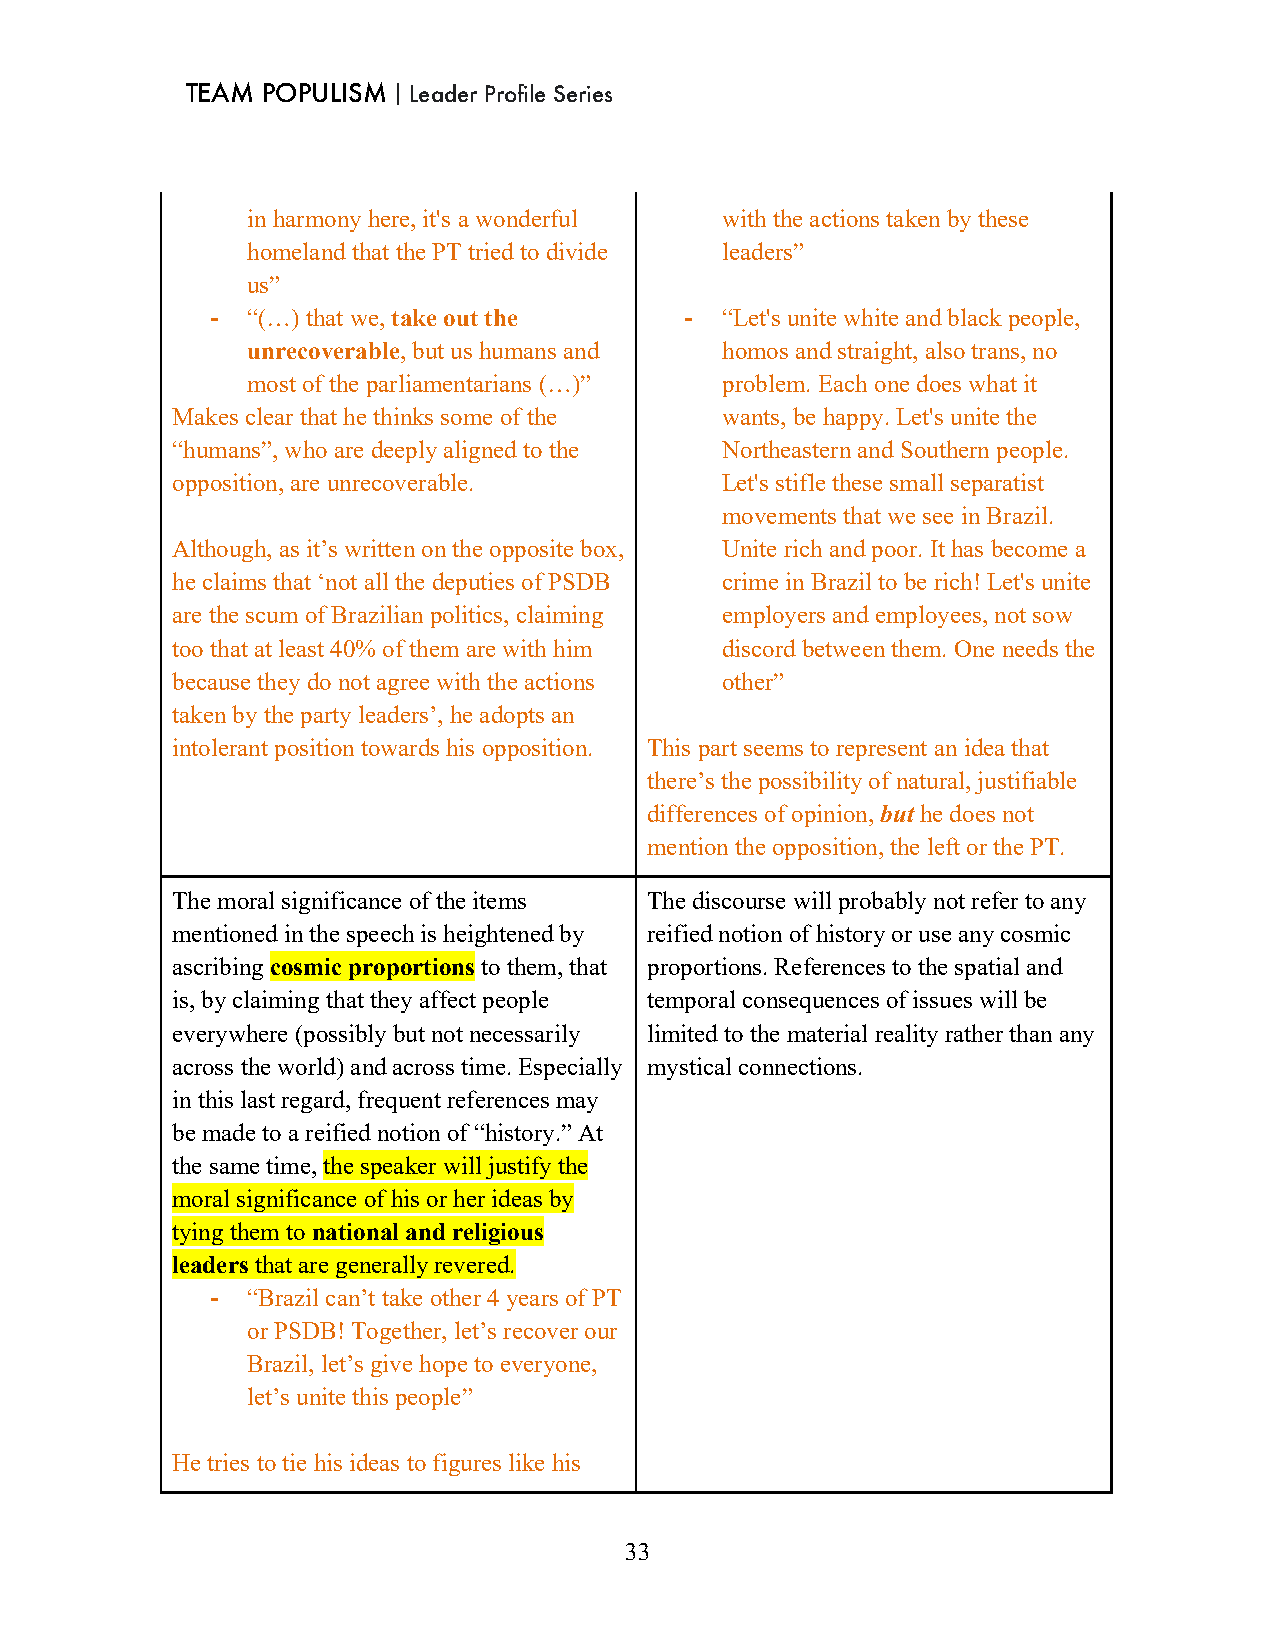
TEAM POPULISM｜Leader Profile Series
 in harmony here, it's a wonderful with the actions taken by these
 homeland that the PT tried to divide leaders”
 us”
 - “(…) that we, take out the   -  “Let's unite white and black people,
 unrecoverable, but us humans and homos and straight, also trans, no
 most of the parliamentarians (…)” problem. Each one does what it
 Makes clear that he thinks some of the wants, be happy. Let's unite the
 “humans”, who are deeply aligned to the Northeastern and Southern people.
 opposition, are unrecoverable.       Let's stifle these small separatist
 movements that we see in Brazil.
 Although, as it’s written on the opposite box, Unite rich and poor. It has become a
 he claims that ‘not all the deputies of PSDB crime in Brazil to be rich! Let's unite
 are the scum of Brazilian politics, claiming employers and employees, not sow
 too that at least 40% of them are with him discord between them. One needs the
 because they do not agree with the actions other”
 taken by the party leaders’, he adopts an
 intolerant position towards his opposition. This part seems to represent an idea that
 there’s the possibility of natural, justifiable
 differences of opinion, but he does not
 mention the opposition, the left or the PT.
 The moral significance of the items The discourse will probably not refer to any
 mentioned in the speech is heightened by reified notion of history or use any cosmic
 ascribing cosmic proportions to them, that proportions. References to the spatial and
 is, by claiming that they affect people temporal consequences of issues will be
 everywhere (possibly but not necessarily limited to the material reality rather than any
 across the world) and across time. Especially mystical connections.
 in this last regard, frequent references may
 be made to a reified notion of “history.” At
 the same time, the speaker will justify the
 moral significance of his or her ideas by
 tying them to national and religious
 leaders that are generally revered.
 - “Brazil can’t take other 4 years of PT
 or PSDB! Together, let’s recover our
 Brazil, let’s give hope to everyone,
 let’s unite this people”
 He tries to tie his ideas to figures like his
 33